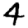
Digit: 4